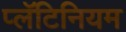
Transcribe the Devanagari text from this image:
प्लॅटिनियम